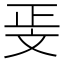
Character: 𭤖